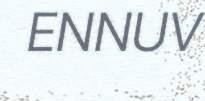
ENNUV